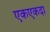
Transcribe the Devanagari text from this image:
एकएकदा